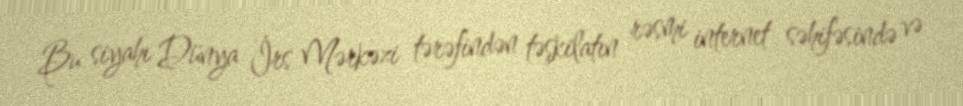
Bu siyahı Dünya İrs Mərkəzi tərəfindən təşkilatın rəsmi internet səhifəsində və